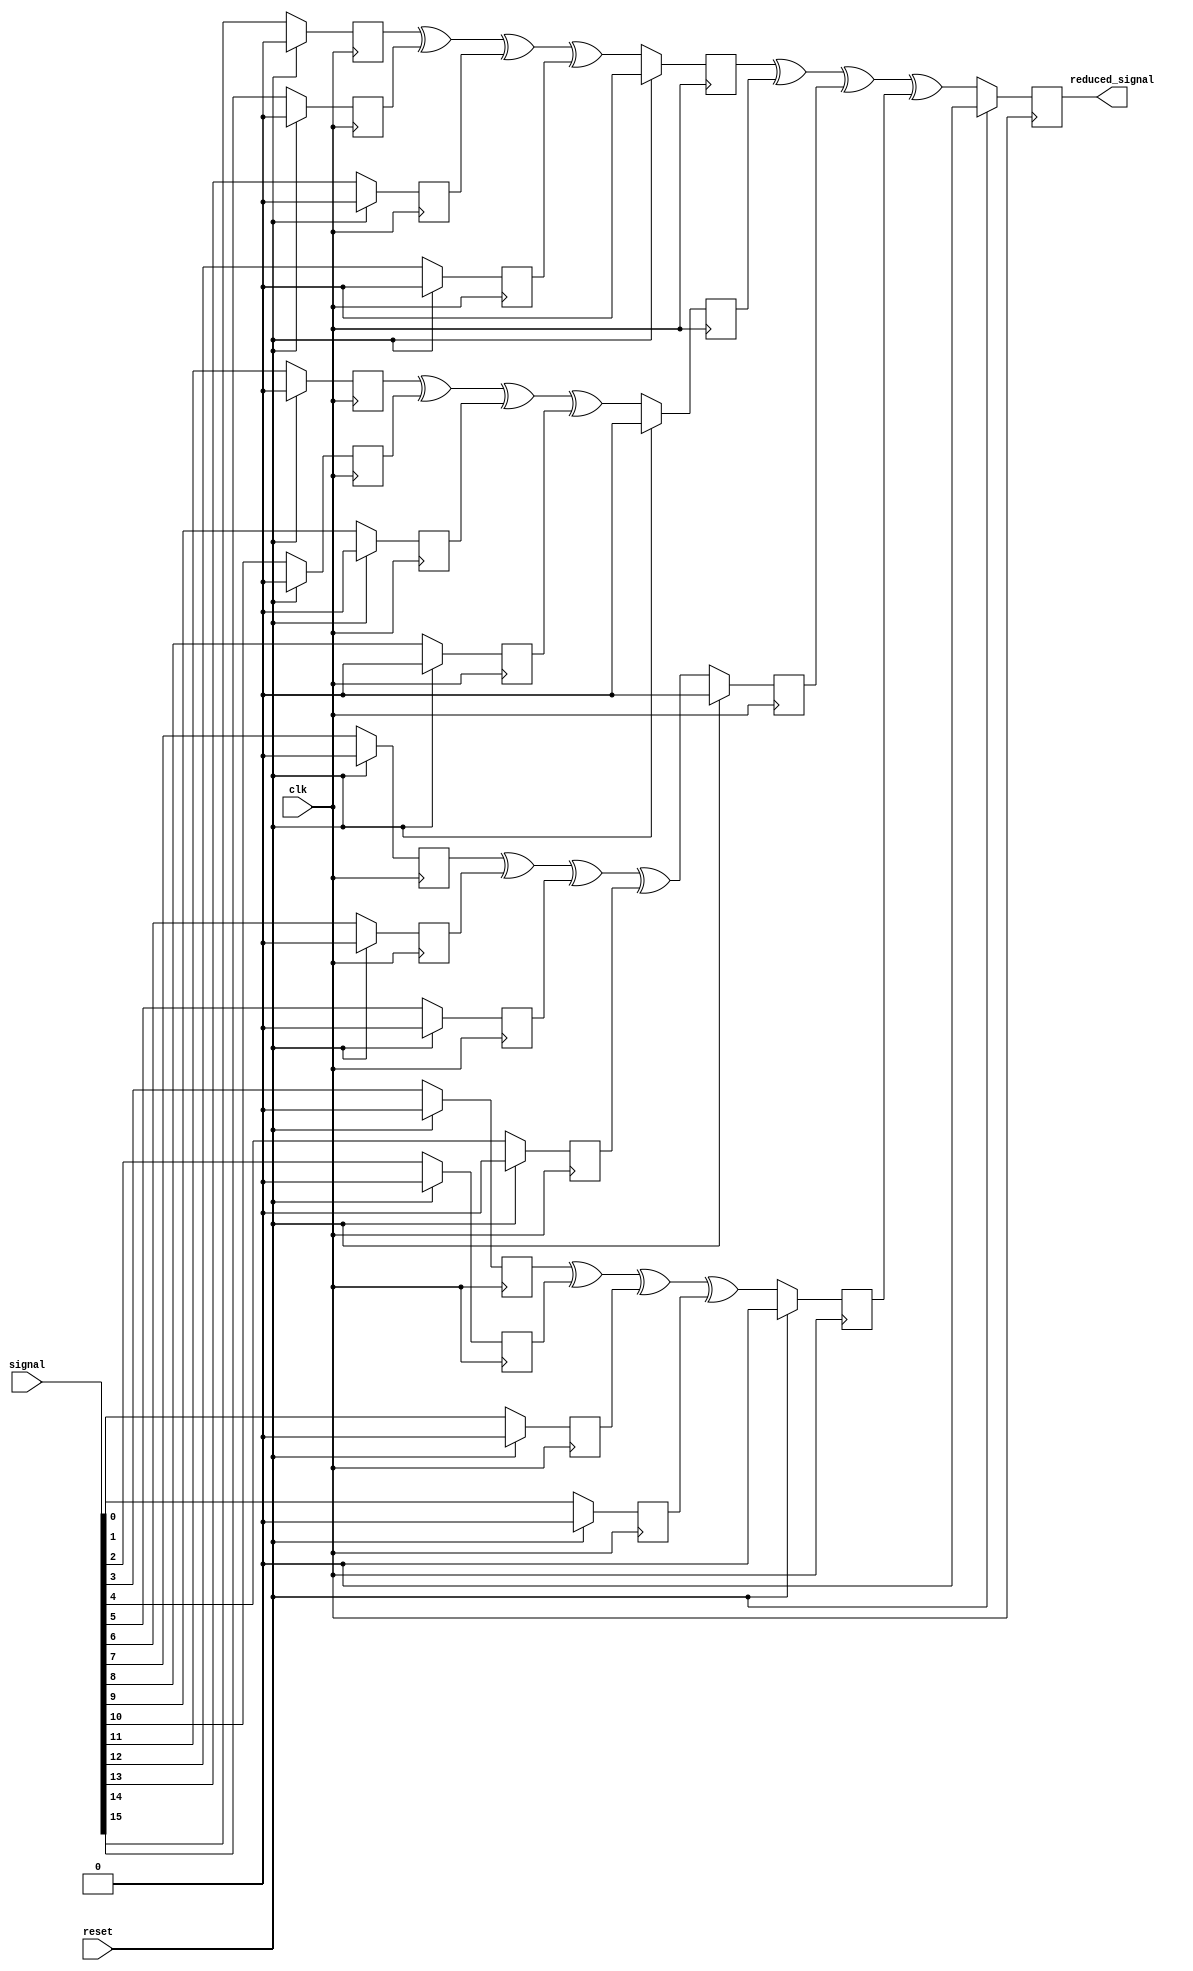
`define SIMULATION_MEMORY

module pipelined_xor_tree_16 (
	input clk,
	input reset,
	input [15:0] signal,
	output reduced_signal
);

reg pipeline_0_0;
reg pipeline_0_1;
reg pipeline_0_2;
reg pipeline_1_0;
reg pipeline_1_1;
reg pipeline_1_2;
reg pipeline_2_0;
reg pipeline_2_1;
reg pipeline_2_2;
reg pipeline_3_0;
reg pipeline_3_1;
reg pipeline_3_2;
reg pipeline_4_0;
reg pipeline_4_1;
reg pipeline_4_2;
reg pipeline_5_0;
reg pipeline_5_1;
reg pipeline_5_2;
reg pipeline_6_0;
reg pipeline_6_1;
reg pipeline_6_2;
reg pipeline_7_0;
reg pipeline_7_1;
reg pipeline_7_2;
reg pipeline_8_0;
reg pipeline_8_1;
reg pipeline_8_2;
reg pipeline_9_0;
reg pipeline_9_1;
reg pipeline_9_2;
reg pipeline_10_0;
reg pipeline_10_1;
reg pipeline_10_2;
reg pipeline_11_0;
reg pipeline_11_1;
reg pipeline_11_2;
reg pipeline_12_0;
reg pipeline_12_1;
reg pipeline_12_2;
reg pipeline_13_0;
reg pipeline_13_1;
reg pipeline_13_2;
reg pipeline_14_0;
reg pipeline_14_1;
reg pipeline_14_2;
reg pipeline_15_0;
reg pipeline_15_1;
reg pipeline_15_2;

always @ (posedge clk) begin
	if (reset) begin
		pipeline_0_0 <= 0;
		pipeline_0_1 <= 0;
		pipeline_0_2 <= 0;
		pipeline_1_0 <= 0;
		pipeline_1_1 <= 0;
		pipeline_1_2 <= 0;
		pipeline_2_0 <= 0;
		pipeline_2_1 <= 0;
		pipeline_2_2 <= 0;
		pipeline_3_0 <= 0;
		pipeline_3_1 <= 0;
		pipeline_3_2 <= 0;
		pipeline_4_0 <= 0;
		pipeline_4_1 <= 0;
		pipeline_4_2 <= 0;
		pipeline_5_0 <= 0;
		pipeline_5_1 <= 0;
		pipeline_5_2 <= 0;
		pipeline_6_0 <= 0;
		pipeline_6_1 <= 0;
		pipeline_6_2 <= 0;
		pipeline_7_0 <= 0;
		pipeline_7_1 <= 0;
		pipeline_7_2 <= 0;
		pipeline_8_0 <= 0;
		pipeline_8_1 <= 0;
		pipeline_8_2 <= 0;
		pipeline_9_0 <= 0;
		pipeline_9_1 <= 0;
		pipeline_9_2 <= 0;
		pipeline_10_0 <= 0;
		pipeline_10_1 <= 0;
		pipeline_10_2 <= 0;
		pipeline_11_0 <= 0;
		pipeline_11_1 <= 0;
		pipeline_11_2 <= 0;
		pipeline_12_0 <= 0;
		pipeline_12_1 <= 0;
		pipeline_12_2 <= 0;
		pipeline_13_0 <= 0;
		pipeline_13_1 <= 0;
		pipeline_13_2 <= 0;
		pipeline_14_0 <= 0;
		pipeline_14_1 <= 0;
		pipeline_14_2 <= 0;
		pipeline_15_0 <= 0;
		pipeline_15_1 <= 0;
		pipeline_15_2 <= 0;
	end else begin
		pipeline_0_0 <= signal[15];
		pipeline_1_0 <= signal[14];
		pipeline_2_0 <= signal[13];
		pipeline_3_0 <= signal[12];
		pipeline_4_0 <= signal[11];
		pipeline_5_0 <= signal[10];
		pipeline_6_0 <= signal[9];
		pipeline_7_0 <= signal[8];
		pipeline_8_0 <= signal[7];
		pipeline_9_0 <= signal[6];
		pipeline_10_0 <= signal[5];
		pipeline_11_0 <= signal[4];
		pipeline_12_0 <= signal[3];
		pipeline_13_0 <= signal[2];
		pipeline_14_0 <= signal[1];
		pipeline_15_0 <= signal[0];
		pipeline_0_1 <= pipeline_0_0 ^ pipeline_1_0^ pipeline_2_0 ^ pipeline_3_0;
		pipeline_4_1 <= pipeline_4_0 ^ pipeline_5_0^ pipeline_6_0 ^ pipeline_7_0;
		pipeline_8_1 <= pipeline_8_0 ^ pipeline_9_0^ pipeline_10_0 ^ pipeline_11_0;
		pipeline_12_1 <= pipeline_12_0 ^ pipeline_13_0^ pipeline_14_0 ^ pipeline_15_0;
		pipeline_0_2 <= pipeline_0_1 ^ pipeline_4_1^ pipeline_8_1 ^ pipeline_12_1;
	end
end

assign reduced_signal = pipeline_0_2;

endmodule